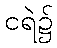
ငရဲ၌